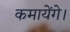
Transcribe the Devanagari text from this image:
कमायेंगे।